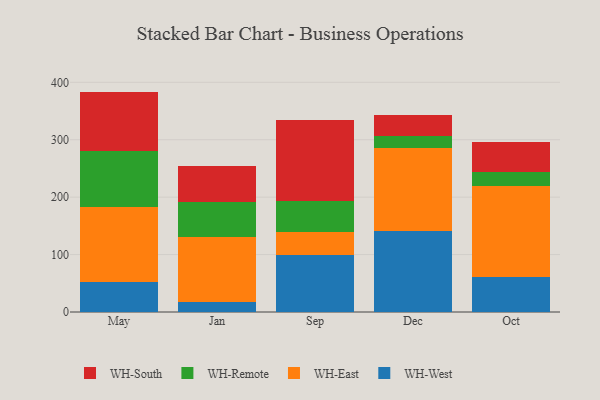
{"axis": {"x": "Month", "y": "Budget (USD K)"}, "legend": ["WH-East", "WH-Remote", "WH-South", "WH-West"], "data": [{"x": "May", "y": 52.0, "type": "WH-West"}, {"x": "May", "y": 130.8, "type": "WH-East"}, {"x": "May", "y": 97.0, "type": "WH-Remote"}, {"x": "May", "y": 104.0, "type": "WH-South"}, {"x": "Jan", "y": 17.8, "type": "WH-West"}, {"x": "Jan", "y": 113.2, "type": "WH-East"}, {"x": "Jan", "y": 60.9, "type": "WH-Remote"}, {"x": "Jan", "y": 62.9, "type": "WH-South"}, {"x": "Sep", "y": 99.3, "type": "WH-West"}, {"x": "Sep", "y": 40.8, "type": "WH-East"}, {"x": "Sep", "y": 53.9, "type": "WH-Remote"}, {"x": "Sep", "y": 140.1, "type": "WH-South"}, {"x": "Dec", "y": 141.2, "type": "WH-West"}, {"x": "Dec", "y": 144.0, "type": "WH-East"}, {"x": "Dec", "y": 21.4, "type": "WH-Remote"}, {"x": "Dec", "y": 36.6, "type": "WH-South"}, {"x": "Oct", "y": 61.0, "type": "WH-West"}, {"x": "Oct", "y": 157.7, "type": "WH-East"}, {"x": "Oct", "y": 25.2, "type": "WH-Remote"}, {"x": "Oct", "y": 51.5, "type": "WH-South"}]}